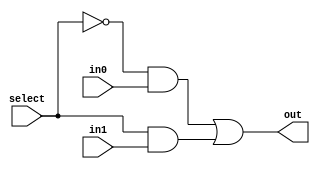
`timescale 1ns/1ps
module mux2 (in0, in1, select, out);

input in0,in1,select;  
output out;
wire s0,w0,w1; 

not n1 (s0, select);
and a1 (w0, s0, in0);
and a2 (w1, select, in1);
or g3	(out, w0, w1); 

endmodule

module mux4(D0,D1,D2,D3,S0,S1,Y);
	input D0,D1,D2,D3,S0,S1;
	output Y;
	wire wire1,wire2;

	mux2 m1(D0,D1,S0,wire1);
	mux2 m2(D2,D3,S0,wire2);
	mux2 m3(wire1,wire2,S1,Y);
endmodule

module tb_mux4;

	reg d0;
	reg d1;
	reg d2;
	reg d3;
	reg s0;
	reg s1;
	wire OUT;

	mux4 uut(d0,d1,d2,d3,s0,s1,OUT);

	initial 
	begin

	$dumpfile ("mux4_out.vcd"); 
	$dumpvars(0, tb_mux4);

	d0=1;
	d1=0;
	d2=0;
	d3=0;
	s0=0;
	s1=0;
	#10
	
	s1=0; s0=0; d0=0; d1=0; d2=0; d3=0;	#10;
	s1=0; s0=1; d0=0; d1=0; d2=0; d3=0;	#10;
	s1=0; s0=1; d0=0; d1=1; d2=0; d3=0;	#10;
	s1=1; s0=0; d0=0; d1=0; d2=0; d3=0;	#10;
	s1=1; s0=0; d0=0; d1=0; d2=1; d3=0;	#10;
	s1=1; s0=1; d0=0; d1=0; d2=0; d3=0;	#10;
	s1=1; s0=1; d0=0; d1=0; d2=0; d3=1;	#10;
	

	end

endmodule